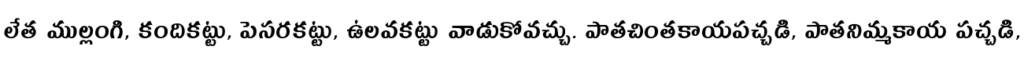
లేత ముల్లంగి, కందికట్టు, పెసరకట్టు, ఉలవకట్టు వాడుకోవచ్చు. పాతచింతకాయపచ్చడి, పాతనిమ్మకాయ పచ్చడి,